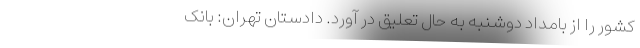
کشور را از بامداد دوشنبه به حال تعلیق در آورد. دادستان تهران: بانک